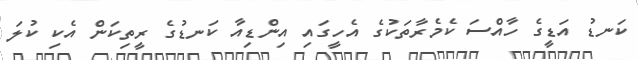
ކަނޑު އަޑީގެ ހާއްސަ ކެމެރާތަކުގެ އެހީގައި އިންޑިއާ ކަނޑުގެ ރީތިކަން އެކި ކުލަ